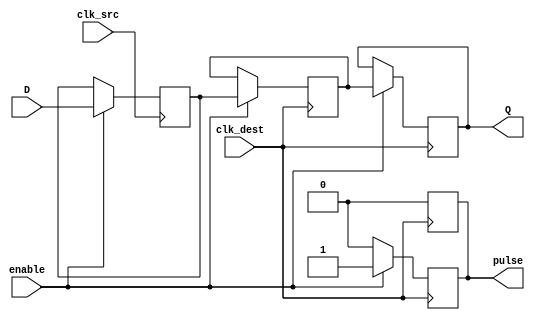
module pulsed_synchronizer #(
    parameter WIDTH = 1 // Width of the data signal
)(
    input wire [WIDTH-1:0] D,          // Data input from source clock domain
    input wire clk_src,                 // Source clock signal
    input wire clk_dest,                // Destination clock signal
    input wire enable,                  // Enable signal for the synchronizer
    output reg [WIDTH-1:0] Q,           // Synchronized output in destination clock domain
    output reg pulse                    // Pulsed control signal indicating valid data
);

    // Internal signals for double-flop synchronization
    reg [WIDTH-1:0] sync_ff1;           // First flip-flop output
    reg [WIDTH-1:0] sync_ff2;           // Second flip-flop output

    // First flip-flop: Capture data on the source clock
    always @(posedge clk_src) begin
        if (enable) begin
            sync_ff1 <= D;              // Sample the data input
        end
    end

    // Second flip-flop: Capture the output of the first flip-flop on the destination clock
    always @(posedge clk_dest) begin
        if (enable) begin
            sync_ff2 <= sync_ff1;       // Sample the first flip-flop output
            Q <= sync_ff2;              // Update the synchronized output
            pulse <= 1'b1;              // Generate a pulse indicating valid data
        end else begin
            pulse <= 1'b0;               // Reset pulse when not enabled
        end
    end

    // Generate a short pulse for the output signal
    always @(posedge clk_dest) begin
        if (pulse) begin
            pulse <= 1'b0;               // Clear the pulse after one clock cycle
        end
    end

endmodule